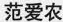
范爱农